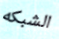
الشبكه